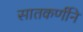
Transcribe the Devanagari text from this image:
सातकर्णीने